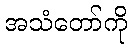
အသံတော်ကို